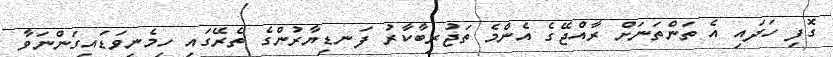
ގޮފި ހަދައި އެ ތަންތަނަށް ރާއްޖޭގެ އެންމެ ތަޖުރިބާކާރު ފަނޑިޔާރުންގެ ތެރޭގައި ހިމެނިވަޑައިގަންނަވާ